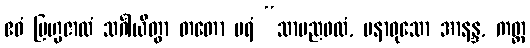
ဧဝံ ဗြဟ္မဇာလံ သင်္ဂါယိတွာ တတော ပရံ “သာမညဖလံ, ပနာဝုသော အာနန္ဒ, ကတ္ထ